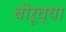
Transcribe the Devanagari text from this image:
बोरूच्या